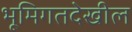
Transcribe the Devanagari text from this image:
भूमिगतदेखील